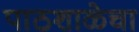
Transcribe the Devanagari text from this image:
पाठशाळेचा